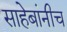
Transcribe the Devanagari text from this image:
साहेबांनीच